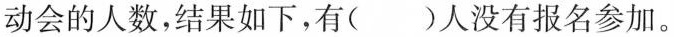
动会的人数，结果如下，有( )人没有报名参加。